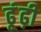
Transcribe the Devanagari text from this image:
ढूंढ़ी